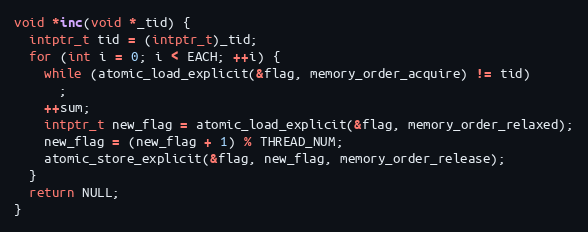
Language: C
void *inc(void *_tid) {
  intptr_t tid = (intptr_t)_tid;
  for (int i = 0; i < EACH; ++i) {
    while (atomic_load_explicit(&flag, memory_order_acquire) != tid)
      ;
    ++sum;
    intptr_t new_flag = atomic_load_explicit(&flag, memory_order_relaxed);
    new_flag = (new_flag + 1) % THREAD_NUM;
    atomic_store_explicit(&flag, new_flag, memory_order_release);
  }
  return NULL;
}